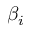
\beta _ { i }